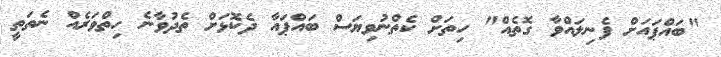
"ބައްޕައަށް ފެނިލައްވާ ގޮތެއް" ހިތަށް ކެތްނުވިޔަސް ބައްޕައާ ދެކޮޅަށް ތެދުވާނެ ހިތްވަރެއް ނެތަތީ